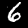
Label: 6